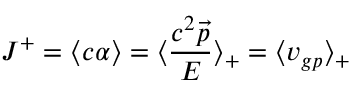
J ^ { + } = \langle c \alpha \rangle = \langle \frac { c ^ { 2 } \vec { p } } { E } \rangle _ { + } = \langle v _ { g p } \rangle _ { + }